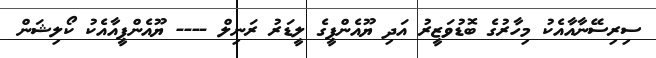
ސިރިސޭނާއާއެކު މިހާރުގެ ބޮޑުވަޒީރު އަދި ޔޫއެންޕީގެ ލީޑަރު ރަނިލް ---- ޔޫއެންޕީއާއެކު ކޯލިޝަން